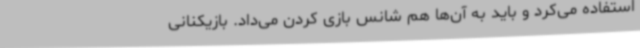
استفاده می‌کرد و باید به آن‌ها هم شانس بازی کردن می‌داد. بازیکنانی